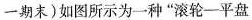
一期末)如图所示为一种”滚轮-平盘